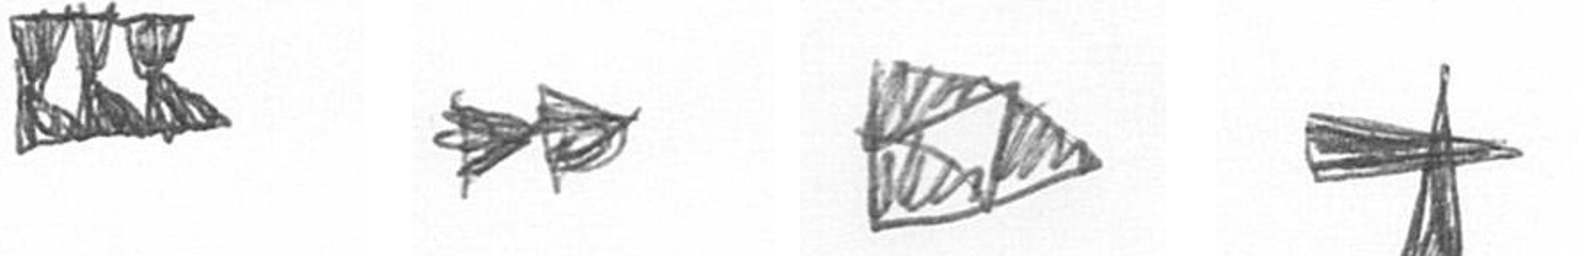
D A K G